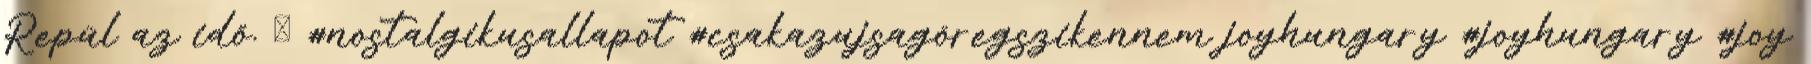
Repül az idő. ☺ #nostalgikusallapot #csakazujsagöregszikennem joyhungary #joyhungary #joy